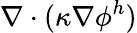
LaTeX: \nabla\cdot(\kappa\nabla\phi^{h})